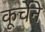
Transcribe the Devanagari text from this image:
कूर्चेने